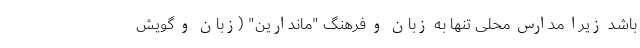
باشد زیرا مدارس محلی تنها به زبان و فرهنگ "ماندارین" (زبان و گویش